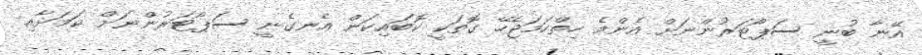
އޭނާ ބުނީ ސަޕޯޓަރުންނަށް އެންމެ ހިތްހަމަޖެހޭ ގޮތަކީ ކޮބައިކަން އެނގެނީ ސަޕޯޓަރުންނަށް ކަމަށާއި